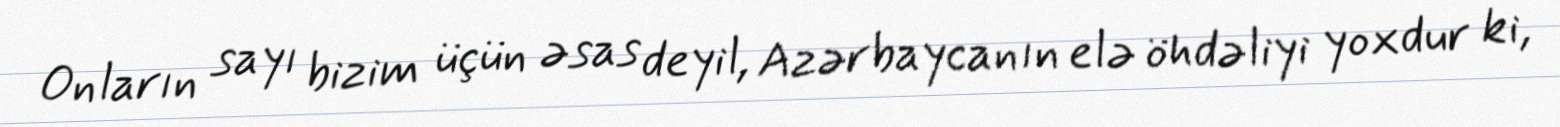
Onların sayı bizim üçün əsas deyil, Azərbaycanın elə öhdəliyi yoxdur ki,